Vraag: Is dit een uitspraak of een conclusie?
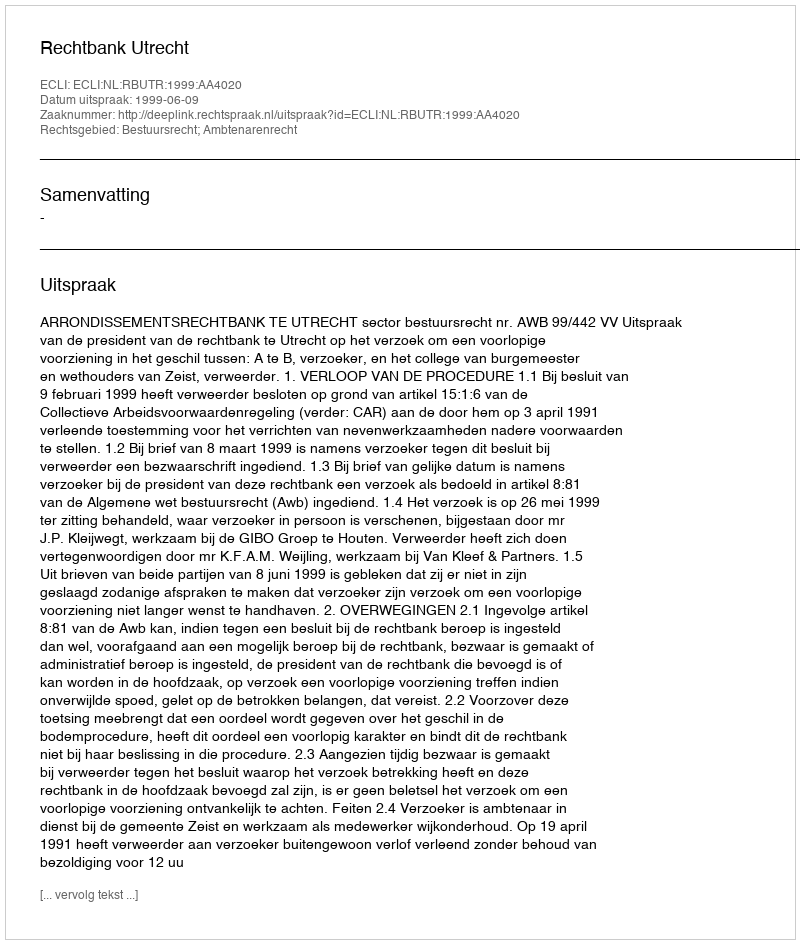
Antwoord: Uitspraak